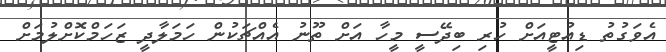
އެވަގުތު ޑިއުޓީއަށް ހުރި ބިދޭސީ މީހާ އަށް ތޫނު އެއްޗަކުން ހަމަލާދީ ޒަހަމްކޮށްލުމަށް